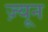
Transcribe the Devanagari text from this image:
ज़्यून